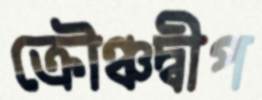
ক্রৌঞ্চদ্বীপ